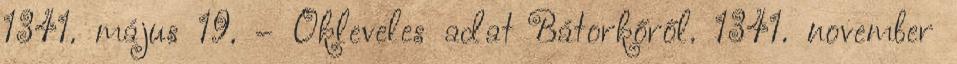
1341. május 19. – Okleveles adat Bátorkőről. 1341. november